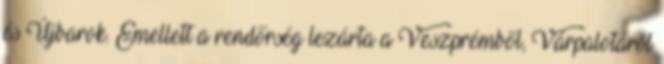
és Újbarok. Emellett a rendőrség lezárta a Veszprémből, Várpalotáról